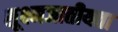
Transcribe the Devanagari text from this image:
सूक्ष्मजातीयता